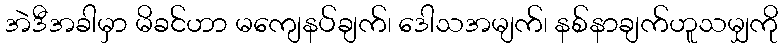
အဲဒီအခါမှာ မိခင်ဟာ မကျေနပ်ချက်၊ ဒေါသအမျက်၊ နစ်နာချက်ဟူသမျှကို